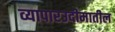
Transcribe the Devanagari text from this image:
व्यापारउदीमातील